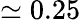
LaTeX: \simeq 0.25